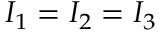
I _ { 1 } = I _ { 2 } = I _ { 3 }